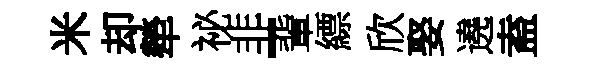
米却犖祕非-軰縹欣娶遶盍